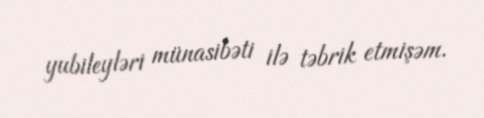
yubileyləri münasibəti ilə təbrik etmişəm.